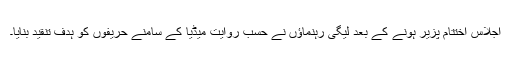
اجلاس اختتام پزیر ہونے کے بعد لیگی رہنماؤں نے حسب روایت میڈیا کے سامنے حریفوں کو ہدف تنقید بنایا۔